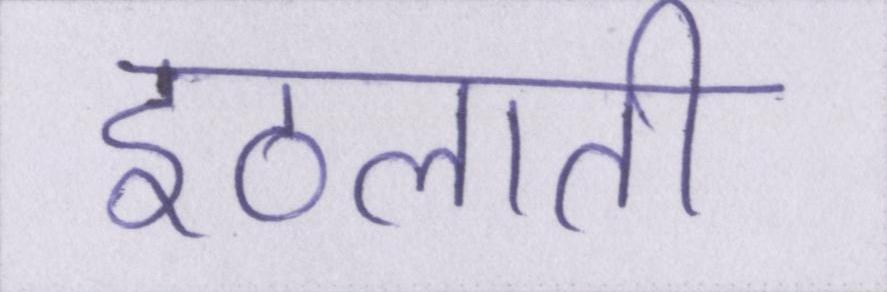
इठलाती